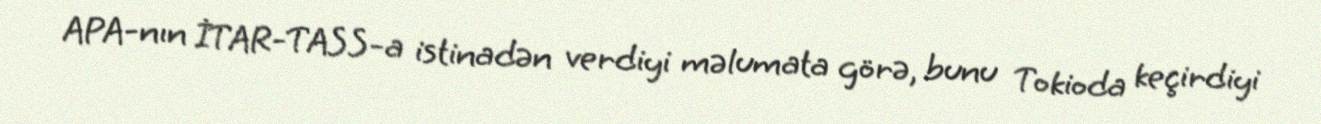
APA-nın İTAR-TASS-a istinadən verdiyi məlumata görə, bunu Tokioda keçirdiyi